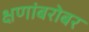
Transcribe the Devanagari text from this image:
क्षणांबरोबर